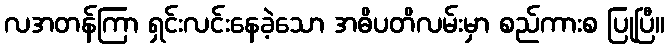
လအတန်ကြာ ရှင်းလင်းနေခဲ့သော အဓိပတိလမ်းမှာ စည်ကားစ ပြုပြီ။